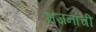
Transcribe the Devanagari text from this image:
भजनांची